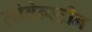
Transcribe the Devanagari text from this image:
लोवेन्स्टीन